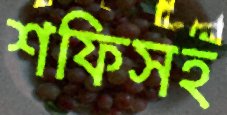
শফিসহ